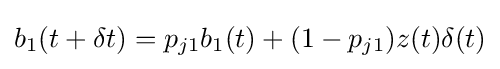
b_{1}(t+\delta t)=p_{j1}b_{1}(t)+(1-p_{j1})z(t)\delta (t)